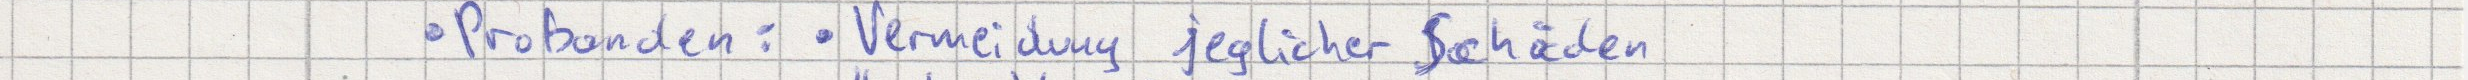
Probanden: Vermeidung jeglicher Schäden